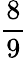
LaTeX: \frac{8}{9}